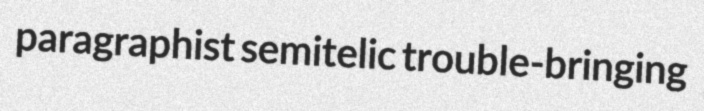
paragraphist semitelic trouble-bringing